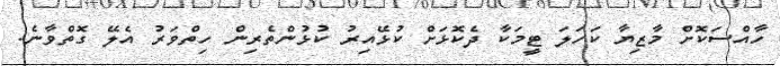
ހާއްސަކޮށް މާޒިޔާ ކަހަލަ ޓީމަކާ ދެކޮޅަށް ކުޅޭއިރު ކުޅުންތެރިން ހިތްވަރު އެލޭ ގޮތްވާނެ.